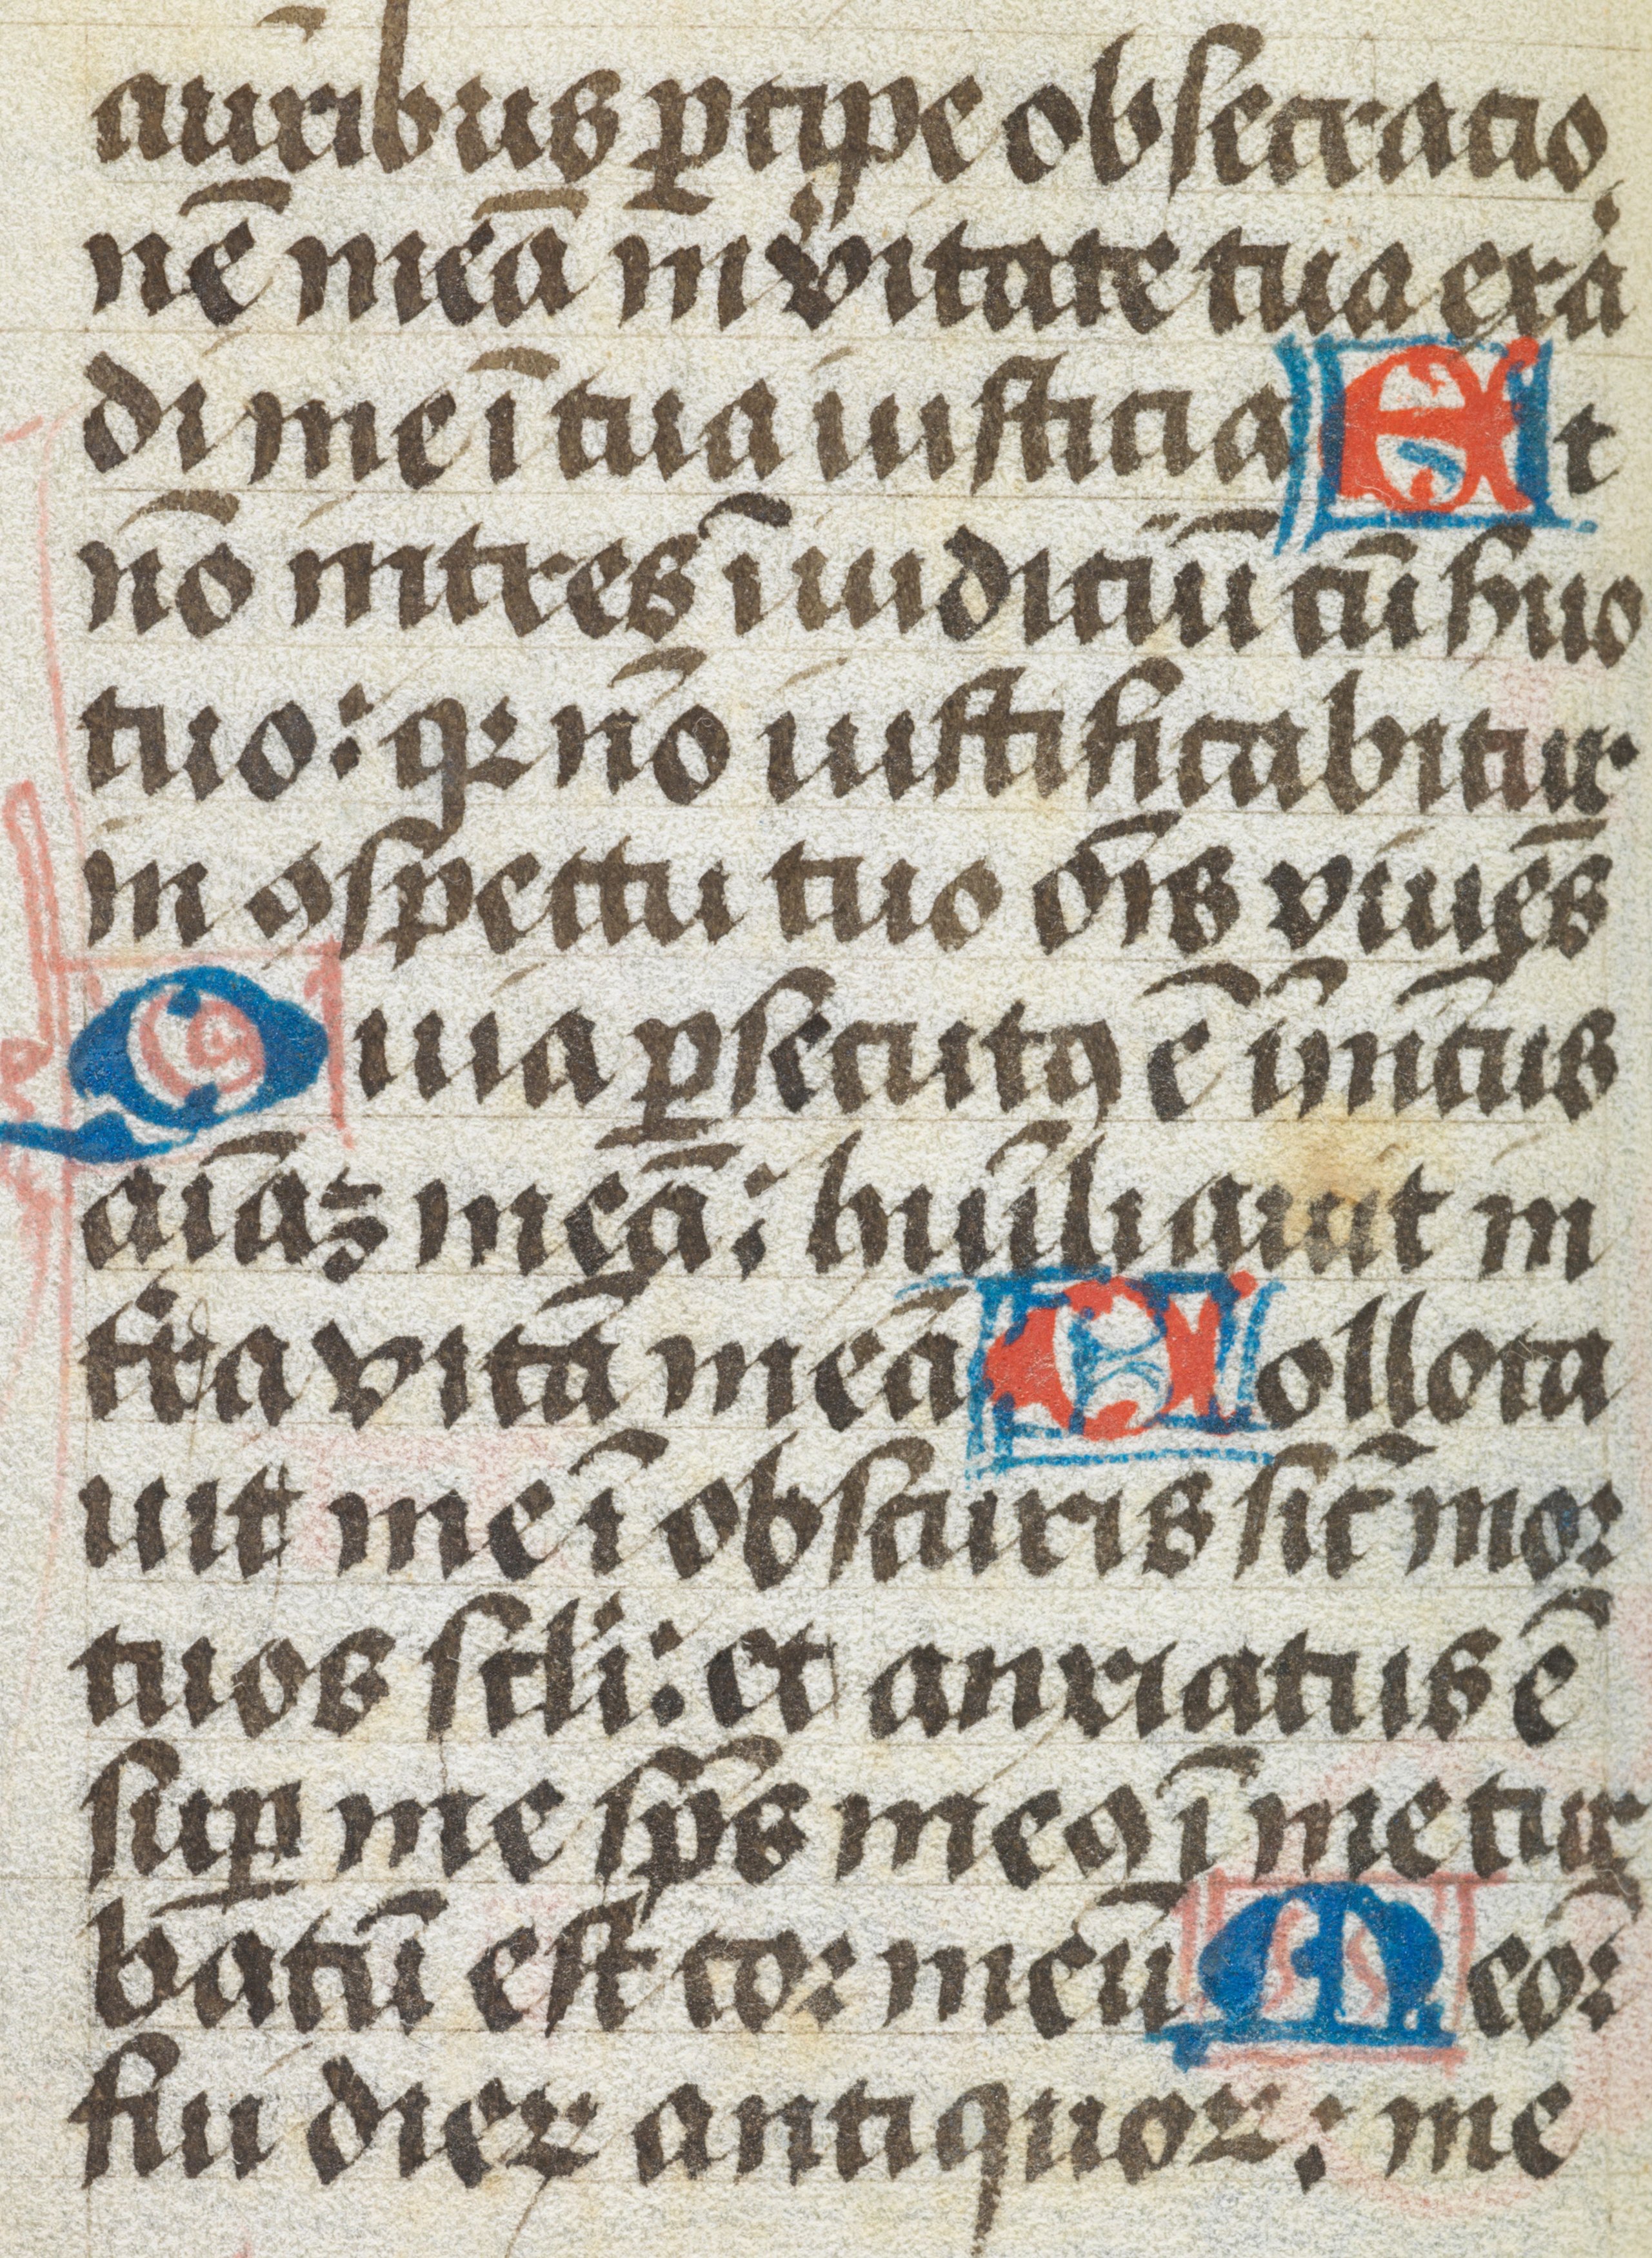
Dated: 1450–1499